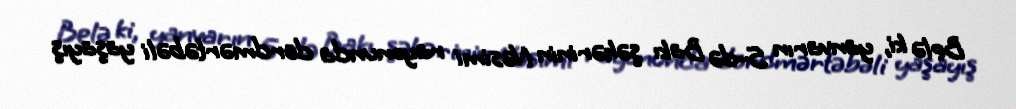
Belə ki, yanvarın 5-də Bakı şəhərinin Nəsimi rayonunda dördmərtəbəli yaşayış